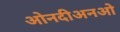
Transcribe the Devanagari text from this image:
ओनदीअनओ